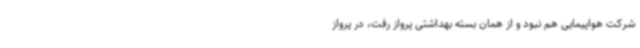
شرکت هواپیمایی هم نبود و از همان بسته بهداشتی پرواز رفت، در پرواز